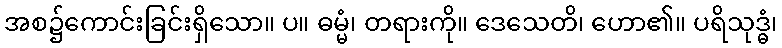
အစ၌ကောင်းခြင်းရှိသော။ ပ။ ဓမ္မံ၊ တရားကို။ ဒေသေတိ၊ ဟော၏။ ပရိသုဒ္ဓံ၊